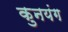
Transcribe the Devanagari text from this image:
कुनयंग